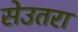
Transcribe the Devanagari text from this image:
सेउतरा